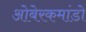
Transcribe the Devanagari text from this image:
ओबेरकमांडो